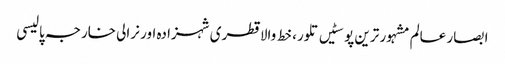
ابصار عالم	مشہور ترین پوسٹیں	تلور، خط والا قطری شہزادہ اور نرالی خارجہ پالیسی